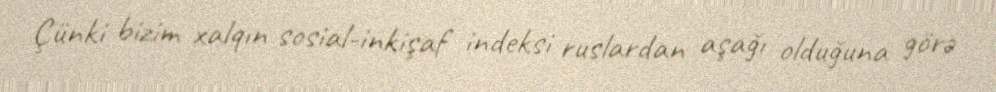
Çünki bizim xalqın sosial-inkişaf indeksi ruslardan aşağı olduğuna görə